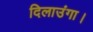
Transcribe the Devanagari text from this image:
दिलाउंगा।